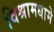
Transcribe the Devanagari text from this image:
विश्रामधामे